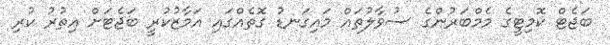
ބަޖެޓް ކޮމިޓީގެ މެމްބަރުންގެ ސުވާލުތައް މައިގަނޑު ގޮތެއްގައި އަމާޒުކުރީ ބަޖެޓަށް އިތުރު ކުރި